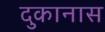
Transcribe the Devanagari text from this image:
दुकानास